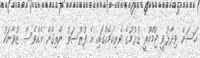
ހަސަން ވިދާޅުވީ ޖުމްހޫރީ ގުޅުމުގެ ވެރިކަމެއްގައި އެ ފުރުސަތު ނެތިގެން އެއްވެސް ޒުވާނަކު